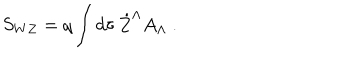
S _ { W Z } = q \int d \tau \, \dot { Z } ^ { \Lambda } A _ { \Lambda } \ .